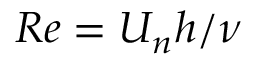
R e = U _ { n } h / \nu